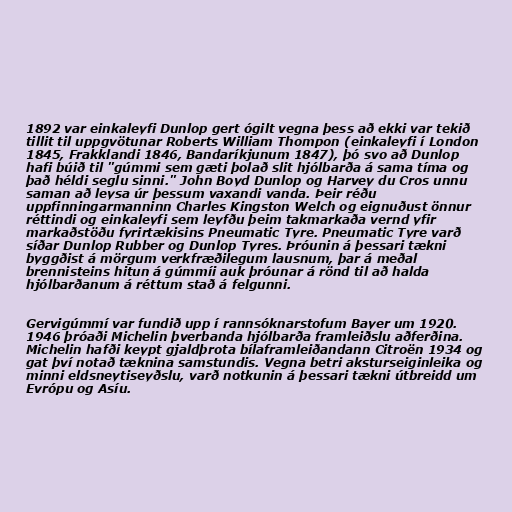
1892 var einkaleyfi Dunlop gert ógilt vegna þess að ekki var tekið
tillit til uppgvötunar Roberts William Thompon (einkaleyfi í London
1845, Frakklandi 1846, Bandaríkjunum 1847), þó svo að Dunlop
hafi búið til "gúmmi sem gæti þolað slit hjólbarða á sama tíma og
það héldi seglu sinni." John Boyd Dunlop og Harvey du Cros unnu
saman að leysa úr þessum vaxandi vanda. Þeir réðu
uppfinningarmanninn Charles Kingston Welch og eignuðust önnur
réttindi og einkaleyfi sem leyfðu þeim takmarkaða vernd yfir
markaðstöðu fyrirtækisins Pneumatic Tyre. Pneumatic Tyre varð
síðar Dunlop Rubber og Dunlop Tyres. Þróunin á þessari tækni
byggðist á mörgum verkfræðilegum lausnum, þar á meðal
brennisteins hitun á gúmmíi auk þróunar á rönd til að halda
hjólbarðanum á réttum stað á felgunni.

Gervigúmmí var fundið upp í rannsóknarstofum Bayer um 1920.
1946 þróaði Michelin þverbanda hjólbarða framleiðslu aðferðina.
Michelin hafði keypt gjaldþrota bílaframleiðandann Citroën 1934 og
gat því notað tæknina samstundis. Vegna betri aksturseiginleika og
minni eldsneytiseyðslu, varð notkunin á þessari tækni útbreidd um
Evrópu og Asíu.